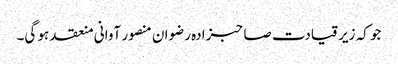
جو کہ زیر قیادت صاحبزادہ رضوان منصور آوانی منعقد ہو گی۔